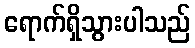
ရောက်ရှိသွားပါသည်